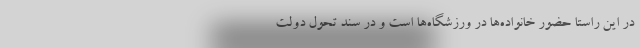
در این راستا حضور خانواده‌ها در ورزشگاه‌ها است و در سند تحول دولت